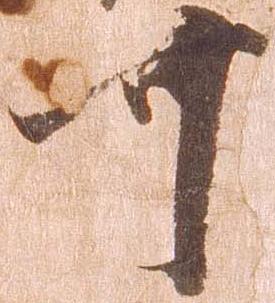
可